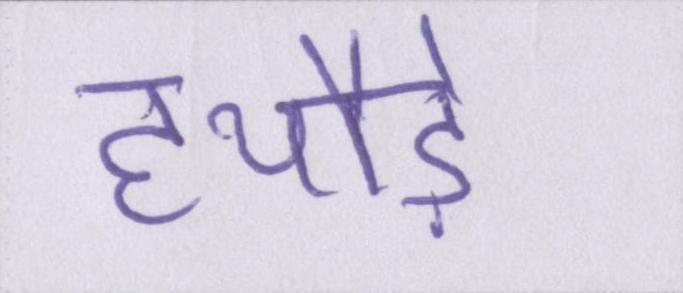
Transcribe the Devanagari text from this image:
हथौड़े